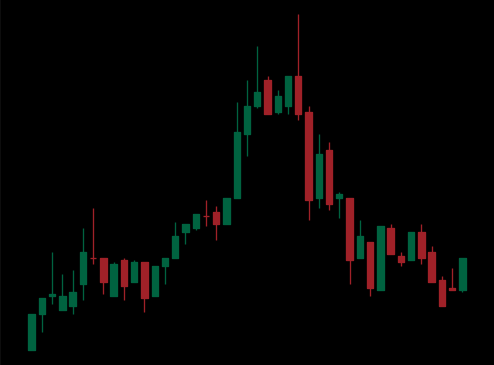
Pattern: head_shoulders